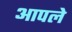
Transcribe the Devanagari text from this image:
अापले